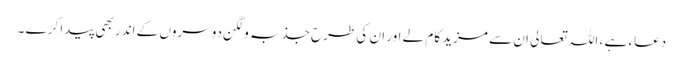
دعاء ہے ، اللہ تعالی ان سے مزید کام لے اور ان کی طرح جذبہ و لگن دوسروں کے اندر بھی پیدا کرے ۔